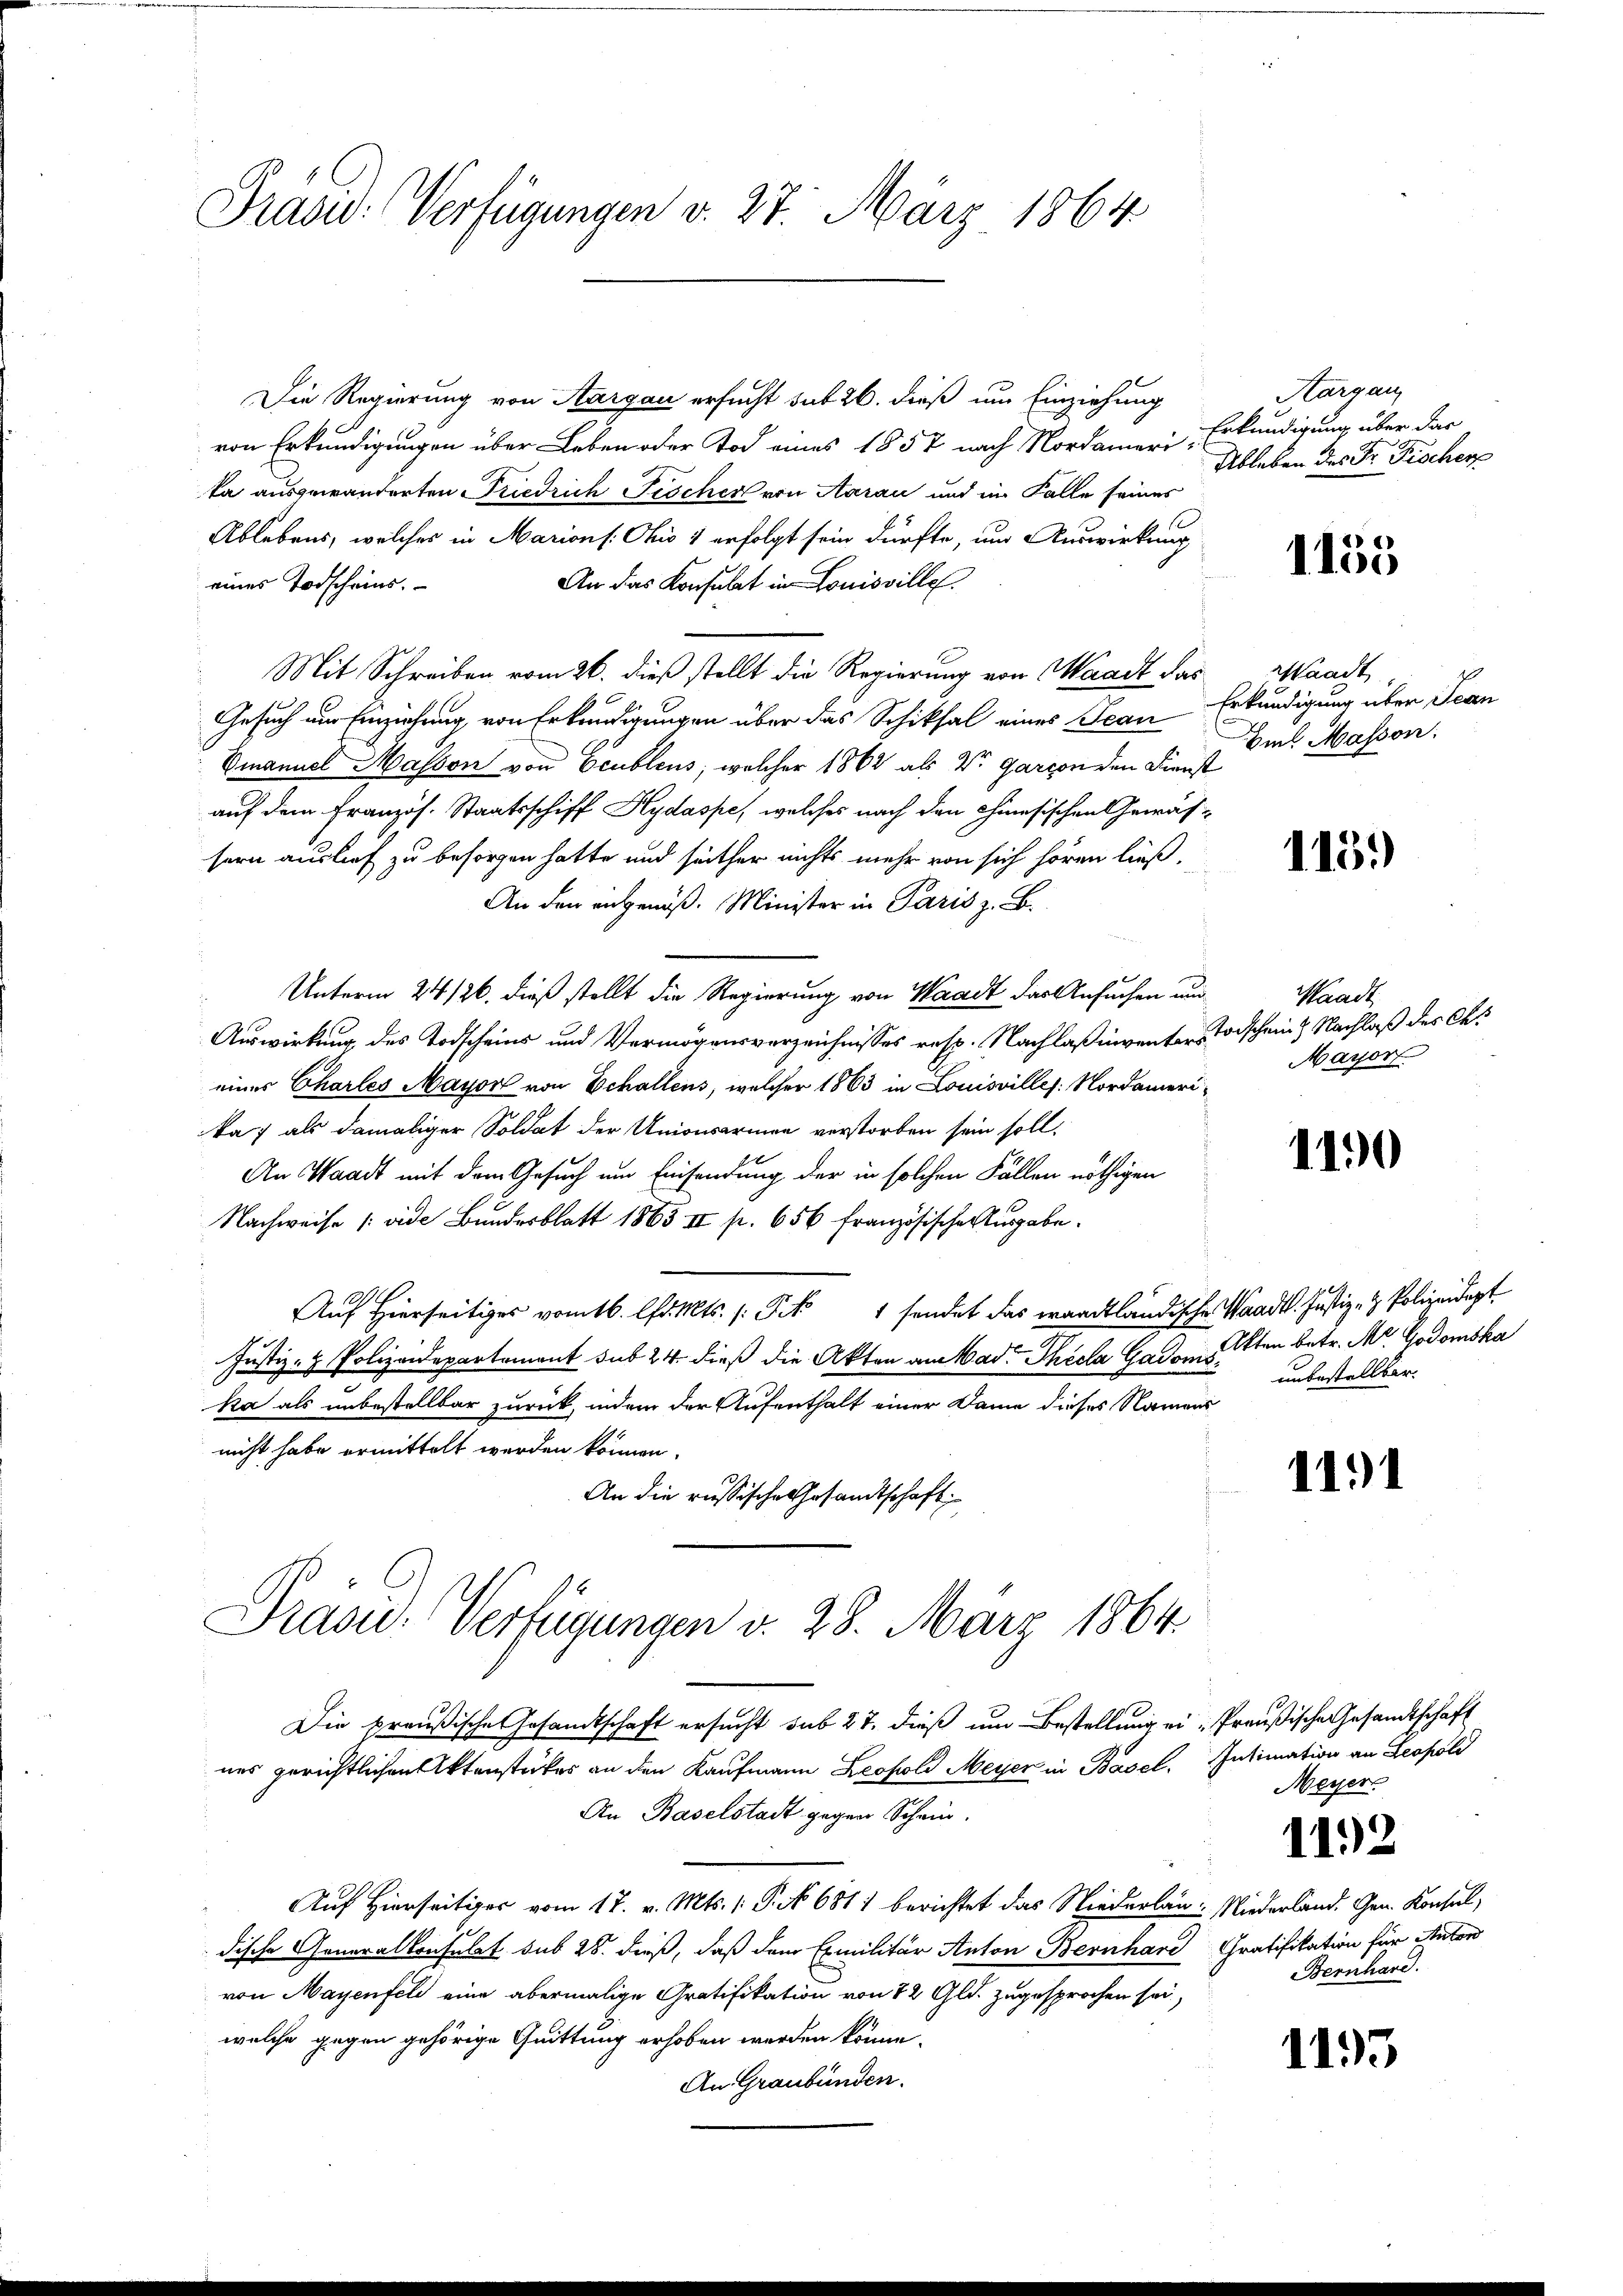
Präsid. Verfügungen v. 27. März 1864.

Die Regierung von Aargau ersucht sub 26. dieß um Einziehung
von Erkundigungen über Leben oder Tod eines 1857 nach Nordamerika ausgewänderten Friedrich Fischer von Aarau und im Falle seines
Ablebens, welches in Marions: Ohio 1 erfolgt sein dürfte, um Auswirkung
eines Todscheins.
An das Konsulat in Louisville
Mit Schreiben vom 26. dieß stellt die Regierung von Waadt das Waadt
Gesuch nur Einziehung von Erkundigungen über das Schiksal eines Jean Erkundigung über Jean
Emanuel Masson von Ecublens, welcher 1862 als V. Garcon den Dienst
auf dem Französ. Staatsschiff Hydaspe, welches nach den Chinesischen Gewäs-
sern auslief zu besorgen hatte und seither nichts mehr von sich hören ließ,
An den angenöß. Minister in Paris z. B.
Unterm 24/26. dieß stellt die Regierung von Waadt das Ansuchen und
Auswirkung des Todscheins und Vermögensverzeichnisses resp. Nachlaßingenters Todschen & Nachlaß des Chr
eines Charles Mayon von Schallens, welcher 1863 in Louisvilles. Nordamerika; als damaliger Soldat der Unionsarmen verstorben sein soll,
An Waadt mit dem Gesuch um Einsendung der in solchen Fällen nöthigen
Nachweise (vide Bundesblatt 1863 II p. 656 französische Ausgabe.
Auf Hierseitiges vom 16. fatts. (Pik 1 sendet das waadtländische Waadt. Justiz- & Polizeidept.
Justiz- & Polizeidepartement sub 24. dieß die Akten am Mad. Theela Gadoms
ka als unbestellbar zurück, indem der Aufenthalt einer Dame dieses Namens
nicht habe ermittelt werden können.
An die russische Gesandtschaft
Präsid. Verfügungen v. 28. März 1864.
Die preußische Gesamtschaft ersucht sub 27. dieß um Bestellung ein Preußische Gesandtschaft
nes gerichtlichen Aktenstückes an den Kaufmann Leopold Meyer in Basel. Intimation an Leopold
An Baselstadt gegen Schein.
Auf Hierseitiger vom 17. v. Mts. (: P. 6811 berichtet das Niederlan. Niederland. Gen. Konseil,
dische Generalkonsulat sub 28. dieß, daß dem Exmilitär Anton Bernhard Gratifikation für Anton
von Mayenfeld eine abermalige Gratifikation von 82 Gld. zugesprochen sei,
welche gegen gehörige Quittung erhoben werden könne.
An Graubünden.

Aargau
Erkundigung über das
Ableben des Dr. Fischer

1153

Hil Massen.

113.)

Waadt
Mayor

1190

Akten betr. Mr. Godomska
unbestellbar.

11.1

Meyer
112
Bernhard.

1193